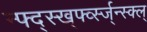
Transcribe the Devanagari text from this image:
न्फ्द्स्ख्र्फ्व्स्ज्न्स्क्ल्